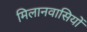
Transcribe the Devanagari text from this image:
मिलानवासियों